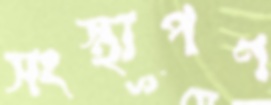
সংস্থাপণ